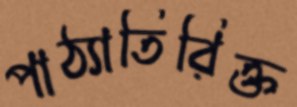
পাঠ্যাতিরিক্ত